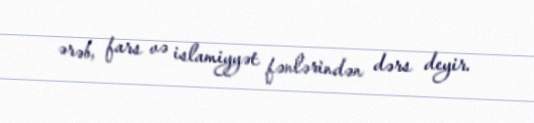
ərəb, fars və islamiyyət fənlərindən dərs deyir.